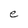
Character: e